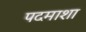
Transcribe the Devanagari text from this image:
पदमाशा